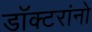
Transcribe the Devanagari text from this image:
डॉक्‍टरांनो